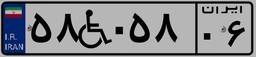
۵۸W۰۵۸۰۶